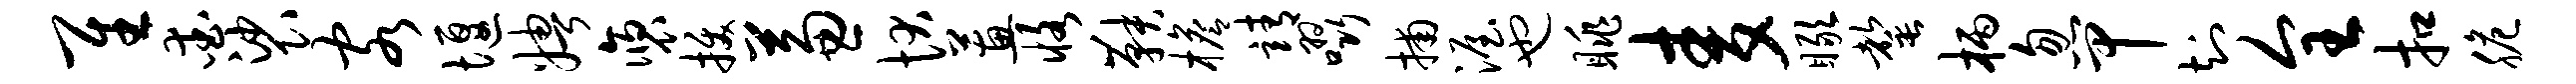
隹爱裟客堰娉褒拔兼状蕙恪鞅檐靖啜捕渥也眺麦瞰罄柄忽甲知全扣脆